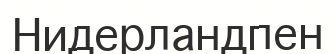
Нидерландпен